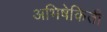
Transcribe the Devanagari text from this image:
अभिषेकिती